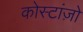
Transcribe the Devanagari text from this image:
कोस्टांज़ो